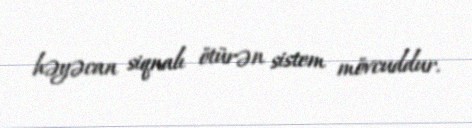
həyəcan siqnalı ötürən sistem mövcuddur.